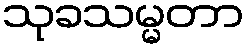
သုခသမ္မတာ